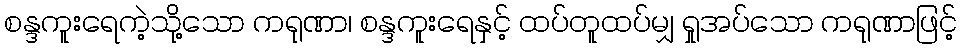
စန္ဒကူးရေကဲ့သို့သော ကရုဏာ၊ စန္ဒကူးရေနှင့် ထပ်တူထပ်မျှ ရှုအပ်သော ကရုဏာဖြင့်